Medical and sanitary report on the native army of Bombay for the year
Year: 1879
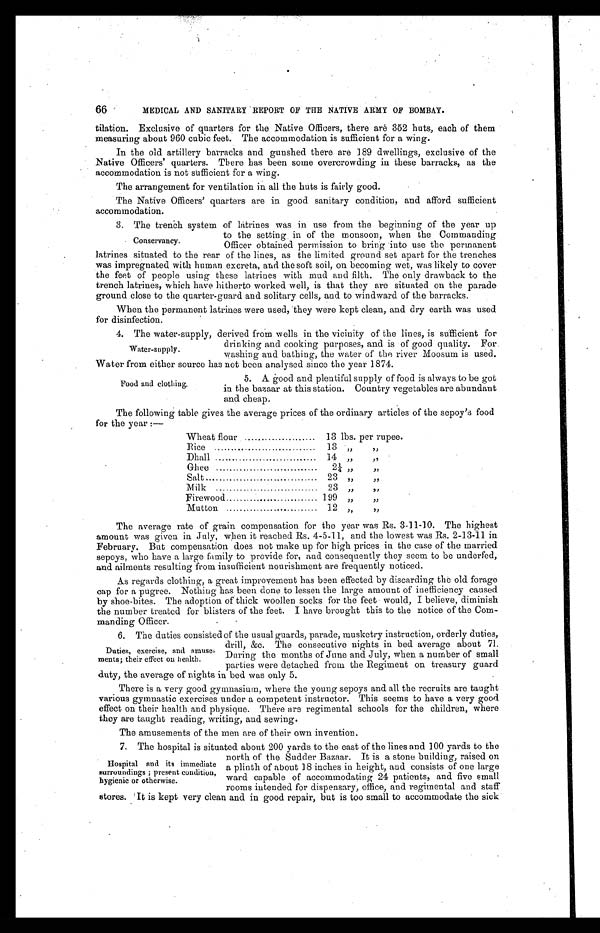
66
MEDICAL AND SANITARY REPORT OF THE NATIVE ARMY OF BOMBAY.
tilation. Exclusive of quarters for the Native Officers, there are 352 huts, each of them
measuring about 960 cubic feet. The accommodation is sufficient for a wing.
In the old artillery barracks and gunshed there are 189 dwellings, exclusive of the
Native Officers' quarters. There has been some overcrowding in these barracks, as the
accommodation is not sufficient for a wing.
The arrangement for ventilation in all the huts is fairly good.
The Native Officers' quarters are in good sanitary condition, and afford sufficient
accommodation.
3. The trench system of latrines was in use from the beginning of the year up
to the setting, in of the monsoon, when the Commanding
Officer obtained permission to bring into use the permanent
latrines situated to the rear of the lines, as the limited ground set apart for the trenches
was impregnated with human excreta, and the soft soil, on becoming wet, was likely to cover
the feet of people using these latrines with mud and filth. The only drawback to the
trench latrines, which have hitherto worked well, is that they are situated on the parade
ground close to the quarter-guard and solitary cells, and to windward of the barracks.
When the permanent latrines were used, they were kept clean, and dry earth was used
for disinfection.
4. The water-supply, derived from wells in the vicinity of the lines, is sufficient for
drinking and cooking purposes, and is of good quality. For
washing and bathing, the water of the river Moosum is used.
Water from either source has not been analysed since the year 1874.
Conservancy.
Water-supply.
Food and clothing.
5. A good and plentiful supply of food is always to be got
in the bazaar at this station. Country vegetables are abundant
and cheap.
The following table gives the average prices of the ordinary articles of the sepoy's food
for the year :—
Wheat flour . . .
13 lbs. per rupee.
Rice . . .
13 " "
Dhall . . .
14 " "
Ghee . . .
2¼ " "
Salt . . .
23 " "
Milk . . .
23 " "
Firewood . . .
199 " "
Mutton . . .
12 " "
The average rate of grain compensation for the year was Rs. 3-11-10. The highest
amount was given in July, when it reached Rs. 4-5-11, and the lowest was Rs. 2-13-11 in
February. But compensation does not make up for high prices in the case of the married
sepoys, who have a large family to provide for, and consequently they seem to be underfed,
and ailments resulting from insufficient nourishment are frequently noticed.
As regards clothing, a great improvement has been effected by discarding the old forage
cap for a pugree. Nothing has been done to lessen the large amount of inefficiency caused
by shoe-bites. The adoption of thick woollen socks for the feet would, I believe, diminish
the number treated for blisters of the feet. I have brought this to the notice of the Com-
manding Officer.
6. The duties consisted of the usual guards, parade, musketry instruction, orderly duties,
drill, &c. The consecutive nights in bed average about 71.
During the months of June and July, when a number of small
parties were detached from the Regiment on treasury guard
duty, the average of nights in bed was only 5.
There is a very good gymnasium, where the young sepoys and all the recruits are taught
various gymnastic exercises under a competent instructor. This seems to have a very good
effect on their health and physique. There are regimental schools for the children, where
they are taught reading, writing, and sewing.
The amusements of the men are of their own invention.
7. The hospital is situated about 200 yards to the east of the lines and 100 yards to the
north of the Sudder Bazaar. It is a stone building, raised on
a plinth of about 18 inches in height, and consists of one large
ward capable of accommodating 24 patients, and five small
rooms intended for dispensary, office, and regimental and staff
stores. It is kept very clean and in good repair, but is too small to accommodate the sick
Duties, exercise, and amuse
-ments; their effect on health.
Hospital and its immediate
surroundings; present condition,
hygienic or otherwise.